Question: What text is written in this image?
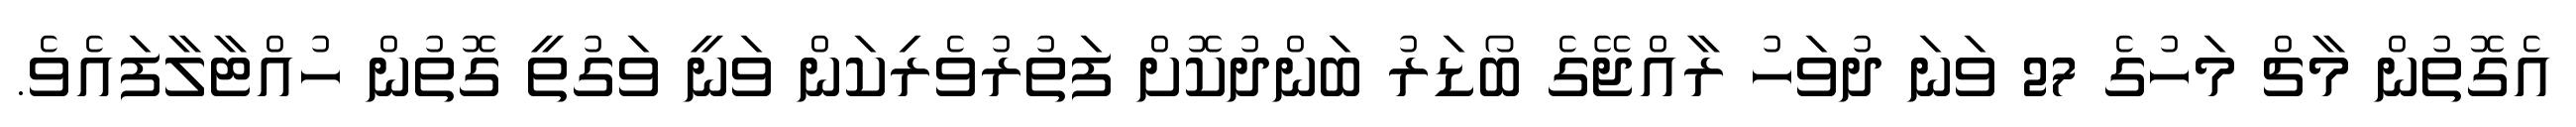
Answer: އެގޮތުން މާޗް މަހުގެ 27 ވަނަ ދުވަހު ރާއްޖޭގެ ބޯޑަރު ބަންދުކޮށް ފަތުރުވެރިކަން ވަނީ ވަގުތީ ގޮތުން ހުއްޓާލާފައެވެ.